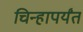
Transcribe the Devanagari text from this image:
चिन्हापर्यंत